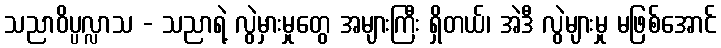
သညာဝိပ္ပလ္လာသ - သညာရဲ့ လွဲမှားမှုတွေ အများကြီး ရှိတယ်၊ အဲဒီ လွဲများမှု မဖြစ်အောင်